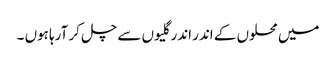
میں محلوں کے اندر اندر گلیوں سے چل کر آرہا ہوں ۔